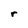
Character: r